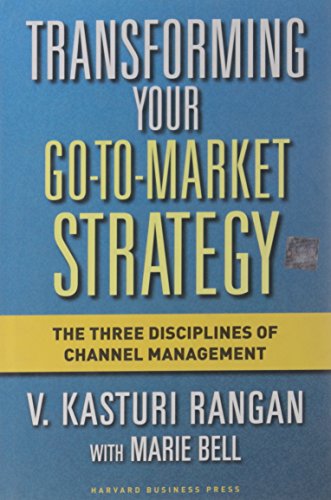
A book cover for Transforming Your Go-to-Market Strategy: The Three Disciplines of Channel Management; V. Kasturi Rangan; Business & Money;